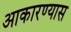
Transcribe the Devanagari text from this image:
आकारण्यास